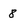
Character: 8